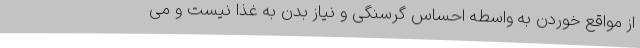
از مواقع خوردن به واسطه احساس گرسنگی و نیاز بدن به غذا نیست و می